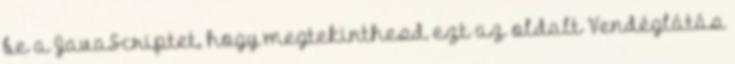
be a JavaScriptet, hogy megtekinthesd ezt az oldalt Vendéglátás